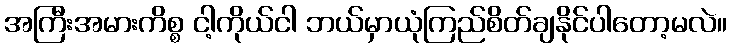
အကြီးအမားကိစ္စ ငါ့ကိုယ်ငါ ဘယ်မှာယုံကြည်စိတ်ချနိုင်ပါတော့မလဲ။